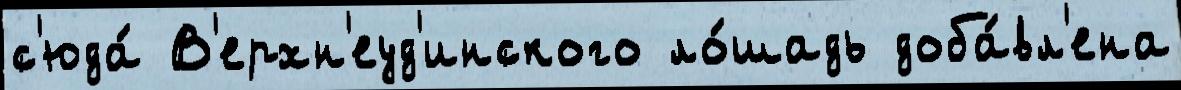
с'юда́ В'ерхн'еуд'инского ло́шадь доба́вл'ена